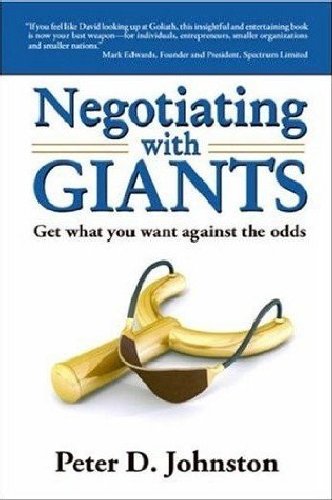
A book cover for Negotiating with Giants: Get What You Want Against the Odds Negotiating with Giants; Peter D. Johnston; Law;